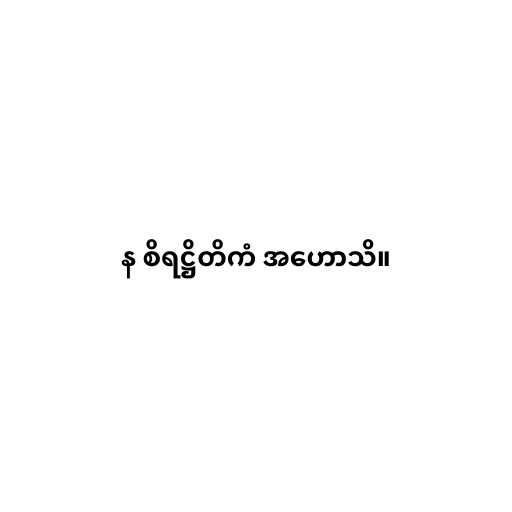
န စိရဋ္ဌိတိကံ အဟောသိ။